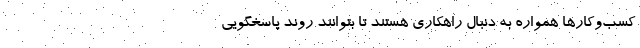
کسب‌وکارها همواره به دنبال راهکاری هستند تا بتوانند روند پاسخگویی